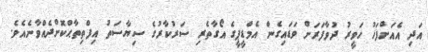
އަދި އެއަށްފަހު ހަވީރު ދުވާފަރަށް ވަޑައިގެން އެމްޑީޕީގެ އޯގާތެރި ސަރުކާރުގެ ސިޔާސަތު އިފްތިތާޙްކޮށްދެއްވާނެއެވެ.